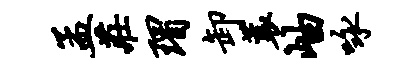
孟庄瑁卸蓑岫咏